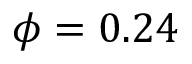
\phi = 0 . 2 4 ~ \